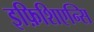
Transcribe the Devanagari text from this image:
इफ़िशिएन्सि